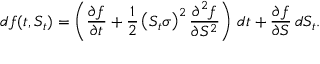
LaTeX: d f ( t , S _ { t } ) = \left( { \frac { \partial f } { \partial t } } + { \frac { 1 } { 2 } } \left( S _ { t } \sigma \right) ^ { 2 } { \frac { \partial ^ { 2 } f } { \partial S ^ { 2 } } } \right) \, d t + { \frac { \partial f } { \partial S } } \, d S _ { t } .